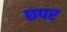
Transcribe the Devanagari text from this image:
छपर